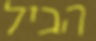
הביל